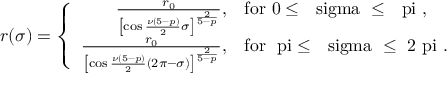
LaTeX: r ( \sigma ) = \left\{ \begin{array} { r l } { { \frac { r _ { 0 } } { \left[ \cos \frac { \nu ( 5 - p ) } { 2 } \sigma \right] ^ { \frac { 2 } { 5 - p } } } , } } & { { \mathrm { f o r ~ 0 \le ~ \ s i g m a ~ \le ~ \ p i ~ , } } } \\ { { \frac { r _ { 0 } } { \left[ \cos \frac { \nu ( 5 - p ) } { 2 } ( 2 \pi - \sigma ) \right] ^ { \frac { 2 } { 5 - p } } } , } } & { { \mathrm { f o r ~ \ p i \le ~ \ s i g m a ~ \le ~ 2 \ p i ~ . } } } \end{array} \right.